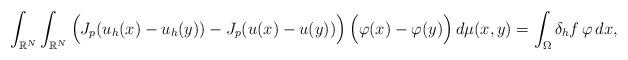
LaTeX: \begin{align*}\int_{\mathbb{R}^N}\int_{\mathbb{R}^N} \Big(J_p(u_h(x)-u_h(y))-J_p(u(x)-u(y))\Big)\,\Big(\varphi(x)-\varphi(y)\Big)\,d\mu(x,y)=\int_\Omega \delta_h f\,\varphi\,dx,\end{align*}